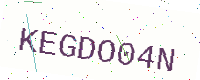
Text: KEGDO04N